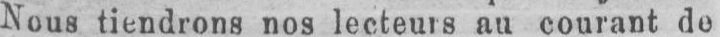
Nous tiendrons nos lecteurs au courant de